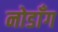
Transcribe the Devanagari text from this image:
नोडाँग